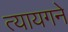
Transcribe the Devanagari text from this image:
त्यायगने